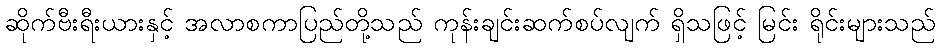
ဆိုက်ဗီးရီးယားနှင့် အလာစကာပြည်တို့သည် ကုန်းချင်းဆက်စပ်လျက် ရှိသဖြင့် မြင်း ရိုင်းများသည်